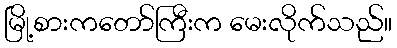
မြို့စားကတော်ကြီးက မေးလိုက်သည်။